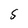
Character: S